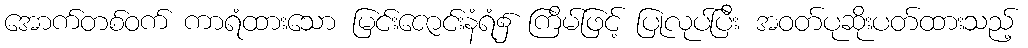
အောက်တစ်ဝက် ကာရံထားသော မြင်းဇောင်းနံရံ၌ ကြိမ်ဖြင့် ပြုလုပ်ပြီး အဝတ်ပုဆိုးပတ်ထားသည့်